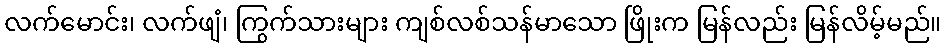
လက်မောင်း၊ လက်ဖျံ၊ ကြွက်သားများ ကျစ်လစ်သန်မာသော ဖြိုးက မြန်လည်း မြန်လိမ့်မည်။